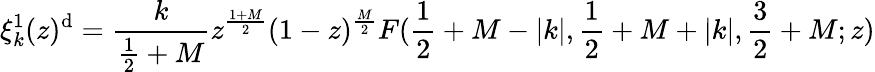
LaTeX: \xi_{k}^{1}(z)^{\mathrm{d}}=\frac{{k}}{{\frac{{1}}{{2}}+M}}z^{\frac{{1+M}}{{2}}}(1-z)^{\frac{{M}}{{2}}}F(\frac{{1}}{{2}}+M-|k|,\frac{{1}}{{2}}+M+|k|,\frac{{3}}{{2}}+M;z)